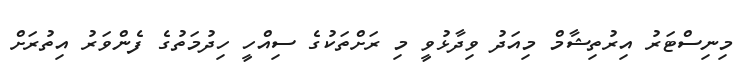
މިނިސްޓަރު އިރުތިޝާމް މިއަދު ވިދާޅުވީ މި ރަށްތަކުގެ ސިއްހީ ހިދުމަތުގެ ފެންވަރު އިތުރަށް